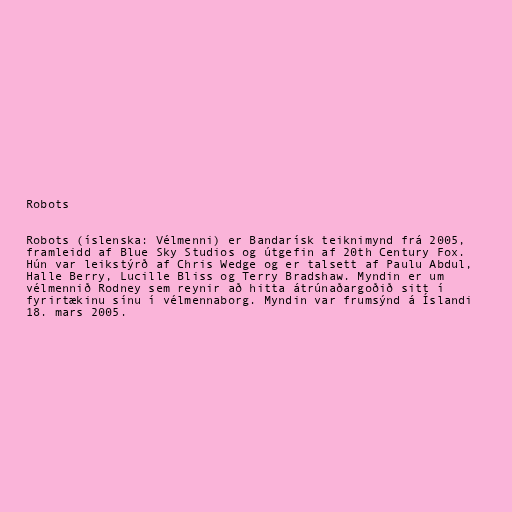
Robots

Robots (íslenska: Vélmenni) er Bandarísk teiknimynd frá 2005,
framleidd af Blue Sky Studios og útgefin af 20th Century Fox.
Hún var leikstýrð af Chris Wedge og er talsett af Paulu Abdul,
Halle Berry, Lucille Bliss og Terry Bradshaw. Myndin er um
vélmennið Rodney sem reynir að hitta átrúnaðargoðið sitt í
fyrirtækinu sínu í vélmennaborg. Myndin var frumsýnd á Íslandi
18. mars 2005.